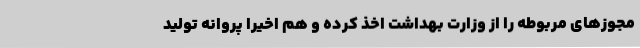
مجوزهای مربوطه را از وزارت بهداشت اخذ کرده و هم اخیرا پروانه تولید